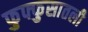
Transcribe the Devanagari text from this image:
फुफ्फुसातली